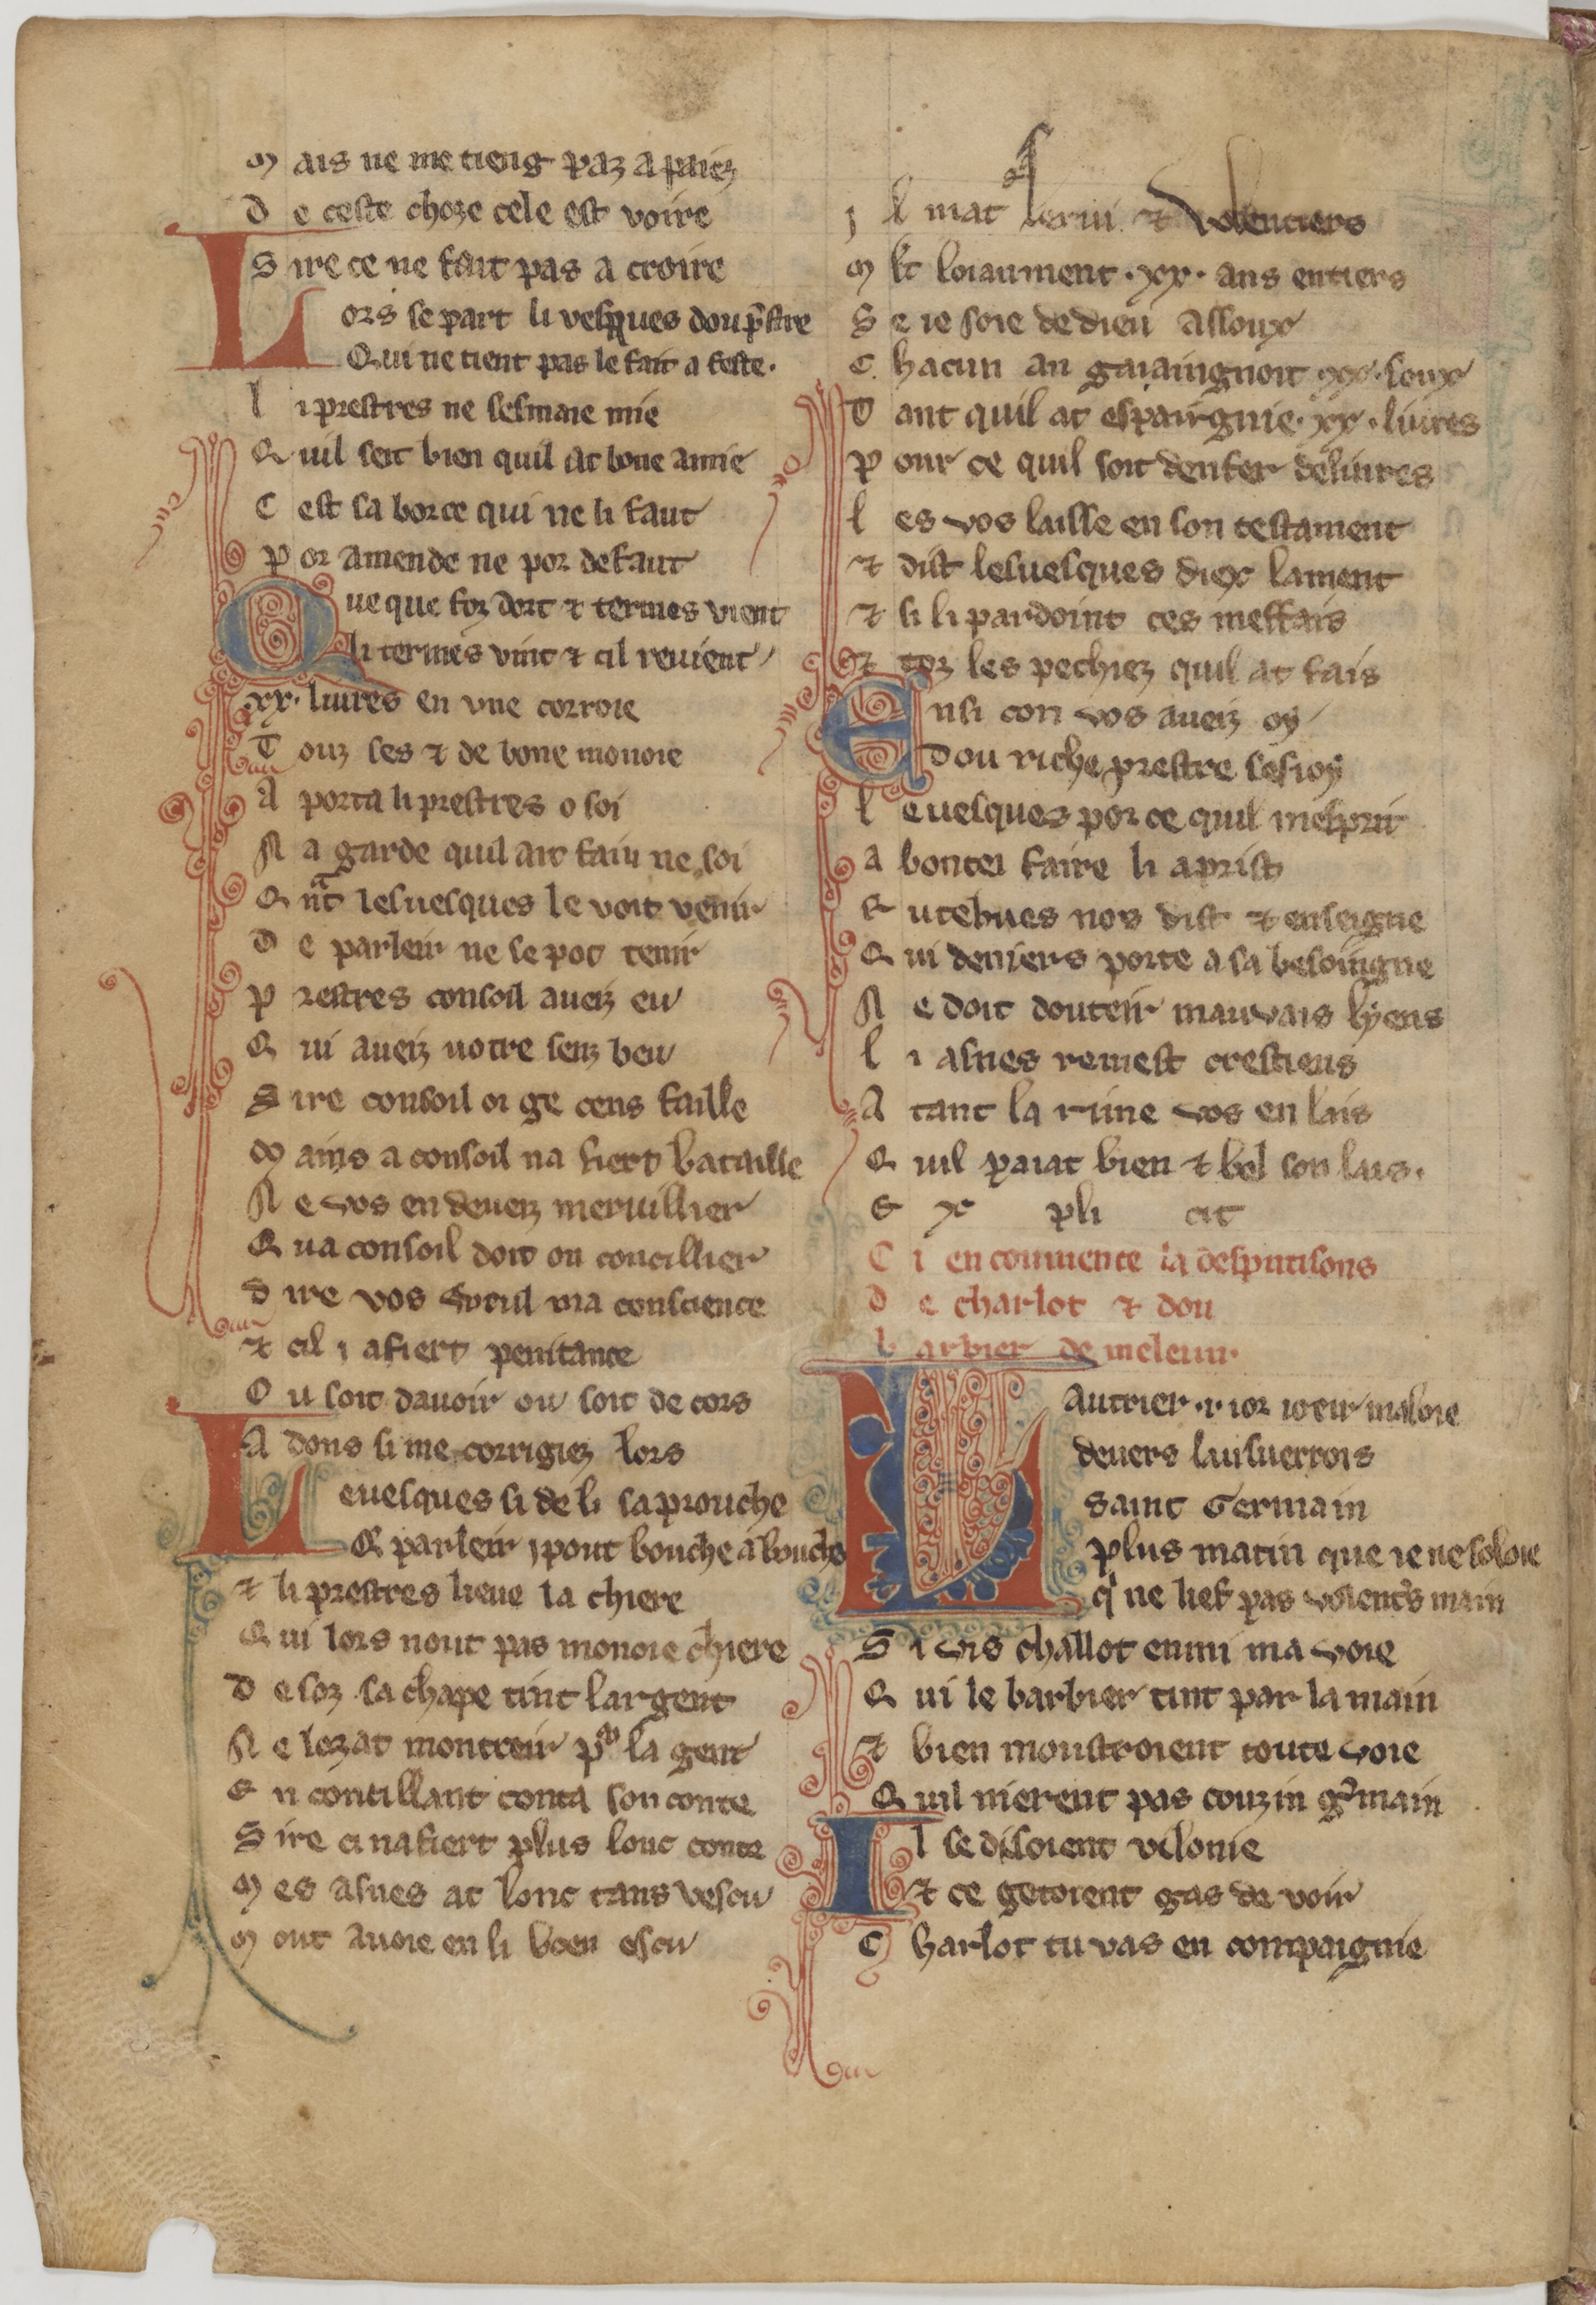
Shelfmark: Paris, BnF, fr. 1635
Century: 13